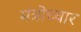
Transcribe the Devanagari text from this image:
मंत्रॊच्चार